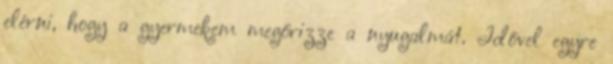
elérni, hogy a gyermekem megőrizze a nyugalmát. Idővel egyre